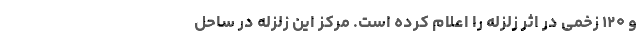
و ۱۲۰ زخمی در اثر زلزله را اعلام کرده است. مرکز این زلزله در ساحل